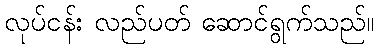
လုပ်ငန်း လည်ပတ် ဆောင်ရွက်သည်။